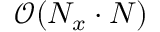
\mathcal { O } ( N _ { x } \cdot N )